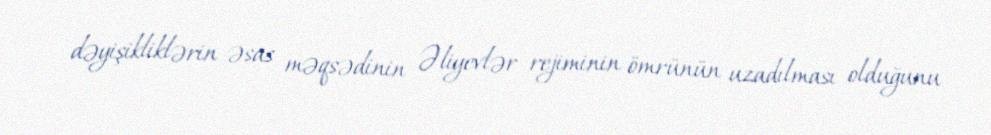
dəyişikliklərin əsas məqsədinin Əliyevlər rejiminin ömrünün uzadılması olduğunu